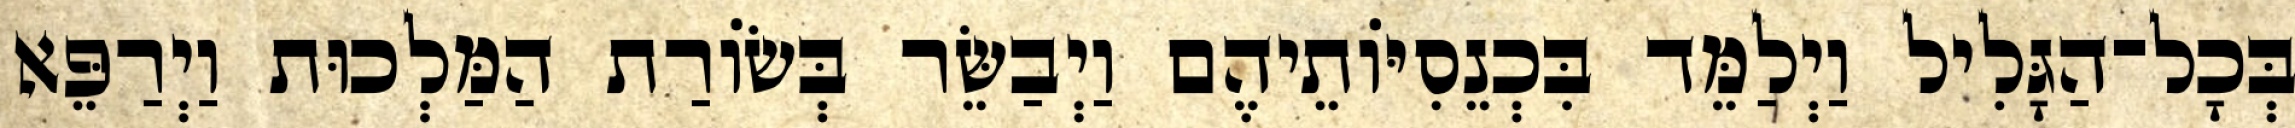
בְּכָל־הַגָּלִיל וַיְלַמֵּד בִּכְנֵסִיּוֹתֵיהֶם וַיְבַשֵּׂר בְּשׂוֹרַת הַמַּלְכוּת וַיְרַפֵּא